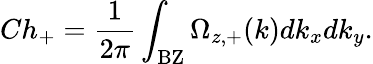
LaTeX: Ch_{+}=\frac{1}{2\pi}\int_{\mathrm{BZ}}\Omega_{z,+}(k)dk_{x}dk_{y}.